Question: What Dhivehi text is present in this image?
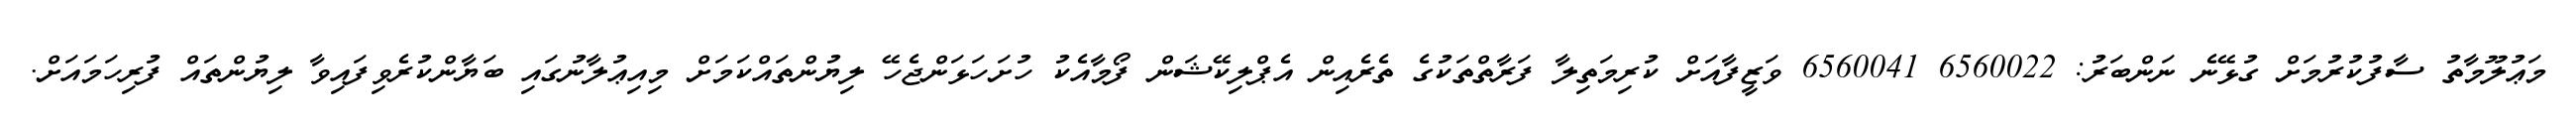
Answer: މަޢުލޫމާތު ސާފުކުރުމަށް ގުޅޭނެ ނަންބަރު: 6560022 6560041 ވަޒީފާއަށް ކުރިމަތިލާ ފަރާތްތަކުގެ ތެރެއިން އެޕްލިކޭޝަން ފޯމާއެކު ހުށަހަޅަންޖެހޭ ލިޔުންތައްކަމަށް މިއިޢުލާނުގައި ބަޔާންކުރެވިފައިވާ ލިޔުންތައް ފުރިހަމައަށް.